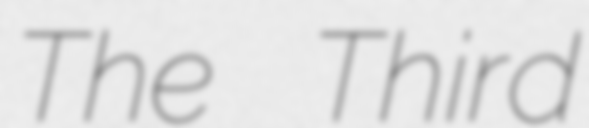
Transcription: The Third